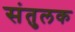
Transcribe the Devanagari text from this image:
संतुलक